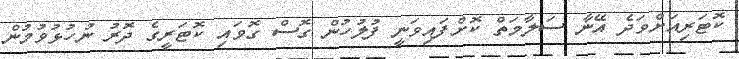
ކޮޓަރިއަށްވަދެ އޭނާ ސަލާމަތް ކޮށްފައިވަނީ ފުލުހުން ގޮސް ގޮވައި ކޮޓަރީގެ ދޮރު ނުހުޅުވުމުން